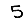
Digit: 5